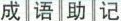
成语助记